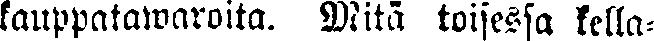
kauppatawaroita. Mitä toisessa kella-